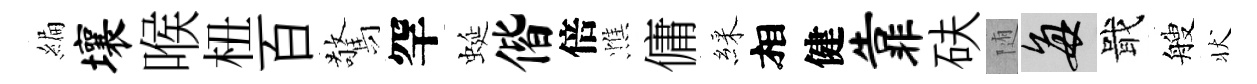
編壤喉杻百驚罕蜒偕倍憔傭綵相健靠砆随每戢艘状